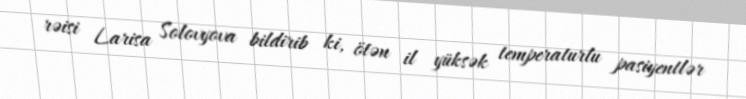
rəisi Larisa Solovyova bildirib ki, ötən il yüksək temperaturlu pasiyentlər